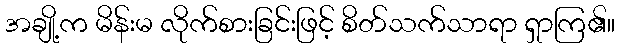
အချို့က မိန်းမ လိုက်စားခြင်းဖြင့် စိတ်သက်သာရာ ရှာကြ၏။